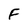
Character: F